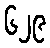
၆၂၉